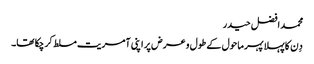
محمد افضل حیدر
دِن کا پہلا پہر ماحول کے طول و عرض پر اپنی آمریت مسلط کر چکا تھا۔